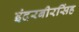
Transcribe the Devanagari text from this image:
इंदरबीरसिंह